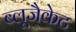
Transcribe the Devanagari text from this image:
ब्लूजैकेट